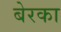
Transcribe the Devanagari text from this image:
बेरका